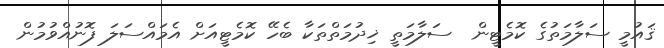
ޤައުމީ ސަލާމަތުގެ ކޮމެޓީން  ސަލާމަތީ ޚިދުމަތްތަކާ ބެހޭ ކޮމެޓީއަށް އެމައްސަލަ ފޮނުއްވުމުން